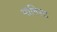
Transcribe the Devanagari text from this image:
मोनिस्ट